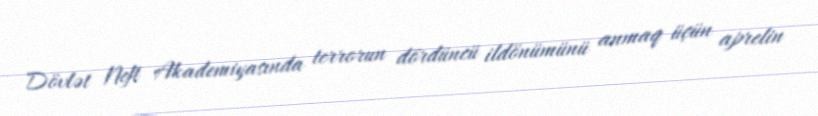
Dövlət Neft Akademiyasında terrorun dördüncü ildönümünü anmaq üçün aprelin